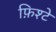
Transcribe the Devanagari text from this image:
फ़िश्टे